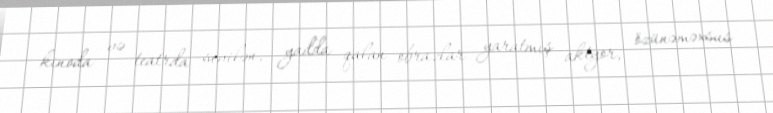
kinoda və teatrda sevilən, yadda qalan obrazlar yaratmış aktyor, özünəməxsus